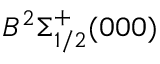
B ^ { 2 } \Sigma _ { 1 / 2 } ^ { + } ( 0 0 0 )